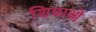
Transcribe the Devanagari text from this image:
शिछाओं